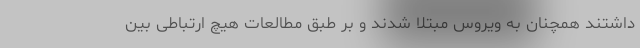
داشتند همچنان به ویروس مبتلا شدند و بر طبق مطالعات هیچ ارتباطی بین